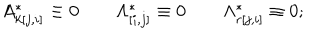
A _ { k [ j , i ] } ^ { * } \equiv 0 \qquad \Lambda _ { [ i , j ] } ^ { * } \equiv 0 \qquad \Lambda _ { r [ j , i ] } ^ { * } \equiv 0 ;